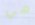
هي